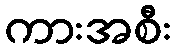
ကားအစီး